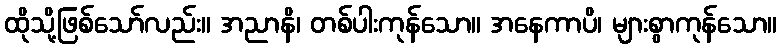
ထိုသို့ဖြစ်သော်လည်း။ အညာနိ၊ တစ်ပါးကုန်သော။ အနေကာပိ၊ များစွာကုန်သော။